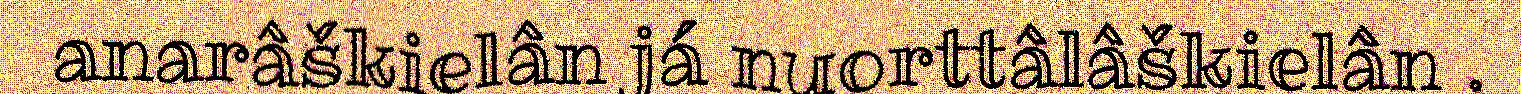
anarâškielân já nuorttâlâškielân .